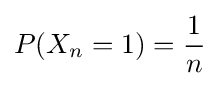
P(X_{n}=1)={\frac {1}{n}}